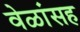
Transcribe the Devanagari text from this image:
वेळांसह